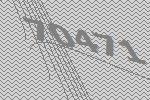
70471